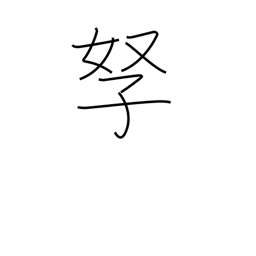
Meaning: wife and children